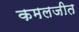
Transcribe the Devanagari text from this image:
कमलजीत